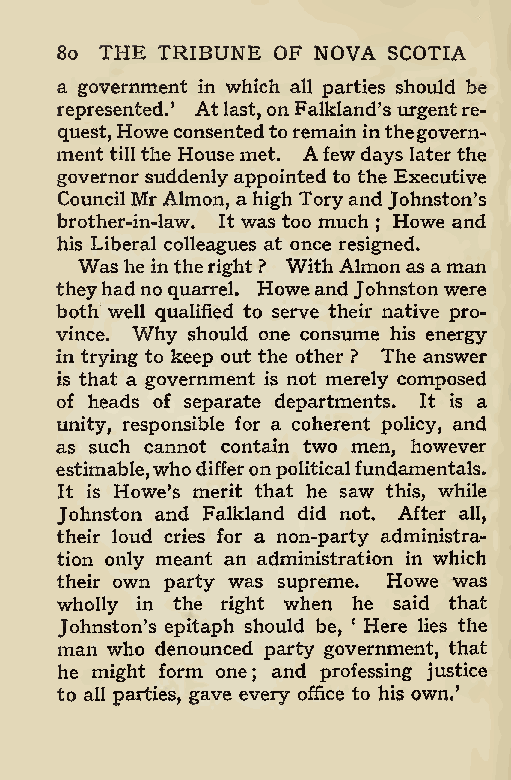
80 THE TRIBUNE OF NOVA SCOTIA
 a government in which all parties should be
 represented.’ Atlast, onFalkland’s urgentre-
 quest,Howeconsentedtoremain inthegovern-
 ment tillthe House met. Afew days laterthe
 governor suddenlyappointed to the Executive
 CouncilMr Almon, ahigh Toryand Johnston’s
 brother-in-law. It was too much Howe and
 ;
 his Liberal colleagues at once resigned.
 Was he intheright ? With Almonasaman
 theyhadnoquarrel. HoweandJohnstonwere
 both well qualified to serve their native pro-
 vince. Why should one consume his energy
 in trying to keep out the other ? The answer
 is that a government is not merely composed
 of heads of separate departments. It is a
 unity, responsible for a coherent policy, and
 as such cannot contain two men, however
 estimable,whodifferonpoliticalfundamentals.
 It is Howe’s merit that he saw this, while
 Johnston and Falkland did not. After all,
 their loud cries for a non-party administra-
 tion only meant an administration in which
 their own party was supreme. Howe was
 wholly in the right when he said that
 Johnston’s epitaph should be, ‘ Here lies the
 man who denounced party government, that
 he might form one and professing justice
 ;
 to all parties, gave every office to his own,’